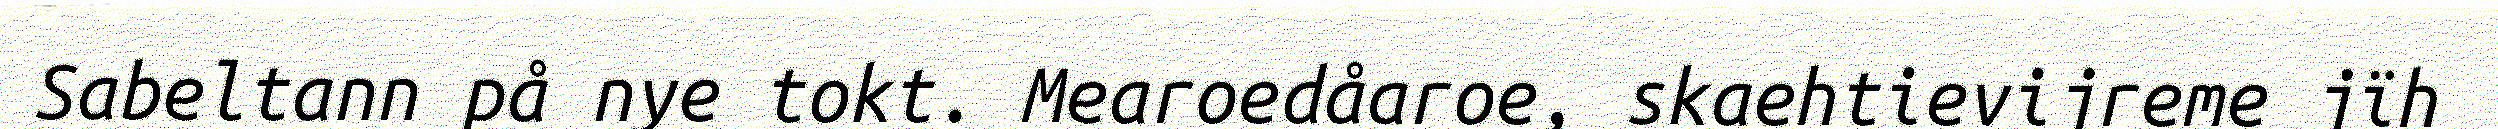
Sabeltann på nye tokt. Mearoedåaroe, skaehtievijreme jïh